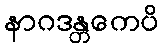
နာဂဒန္တကေပိ